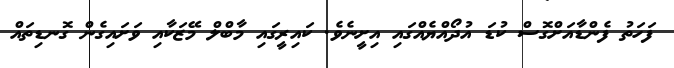
ފަހަތު ފެންޑާއަށްގޮސް ކުޑަ އުދޯއްޔެއްގައި އިށީނެވެ. ކައިރީގައި މާބްލް މޭޒަކާއި ވަށައިގެން ގޮނޑިތައް